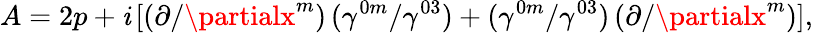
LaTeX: A=2p+\mathit{i}\, [(\partial/\partialx^{m})\, (\gamma^{0m}/\gamma^{03})+(\gamma^{0m}/\gamma^{03})\, (\partial/\partialx^{m})],